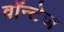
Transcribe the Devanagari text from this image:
वॉन्टेज